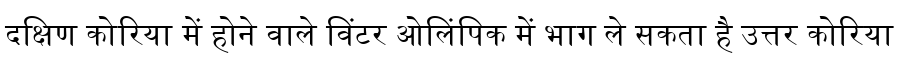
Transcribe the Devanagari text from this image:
दक्षिण कोरिया में होने वाले विंटर ओलिंपिक में भाग ले सकता है उत्तर कोरिया